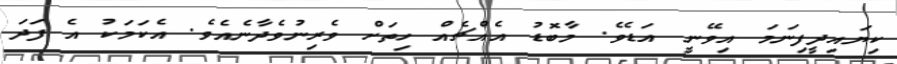
ކިޔައިދީފިނަމަ އިވޭނީ އަޑެވެ. މާބޮޑު އެއްޗެއް ހިތަށް ވެރިނުވެދާނެއެވެ. އެކަމަކު އެ ފަދަ